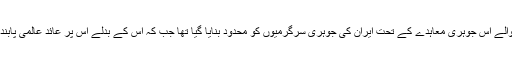
سن 2015 میں طے پانے والے اس جوہری معاہدے کے تحت ایران کی جوہری سرگرمیوں کو محدود بنایا گیا تھا جب کہ اس کے بدلے اس پر عائد عالمی پابندیوں میں نرمی کی گئی تھی۔